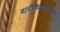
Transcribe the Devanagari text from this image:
मल्टीथियोरेटिकल